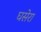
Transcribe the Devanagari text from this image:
घसेरा